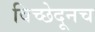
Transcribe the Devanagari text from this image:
विच्छेदूनच